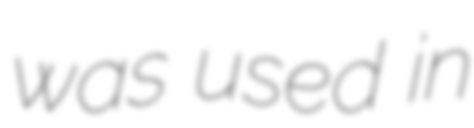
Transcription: was used in